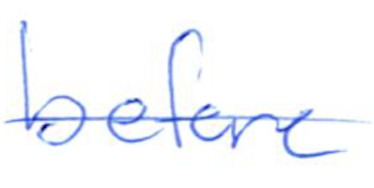
Text: before
Cross-out: single-line
Writing tool: ballpoint